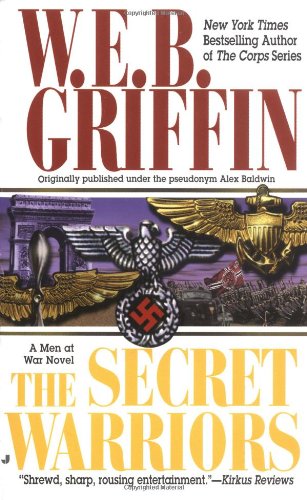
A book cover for The Secret Warriors (Men at War, 2); W.E.B. Griffin; Literature & Fiction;